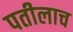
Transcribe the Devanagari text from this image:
पतीलाच